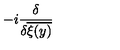
- i \frac { \delta } { \delta \overline { { \xi ( y ) } } }